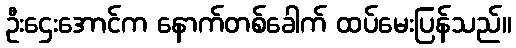
ဦးဌေးအောင်က နောက်တစ်ခေါက် ထပ်မေးပြန်သည်။